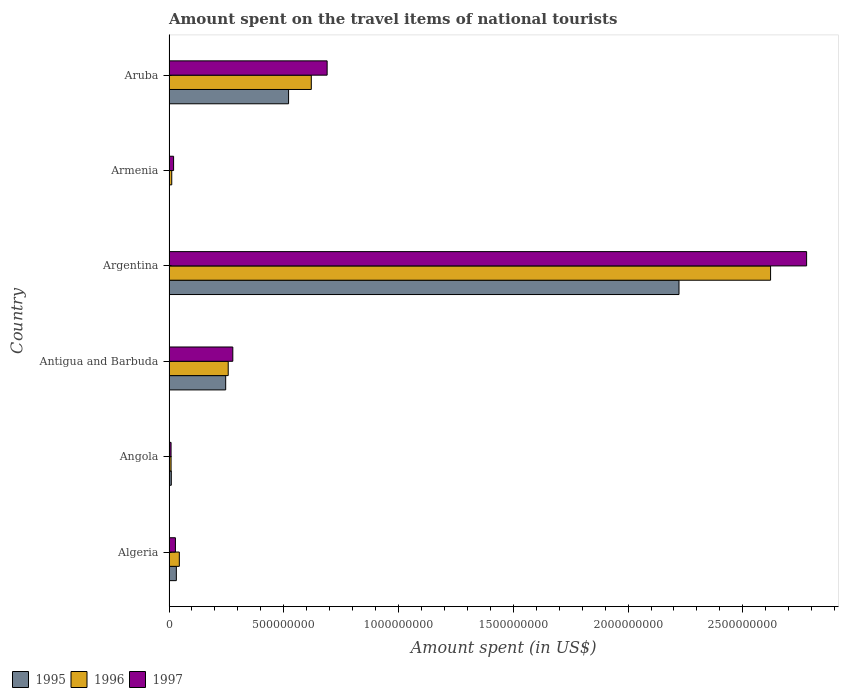
| Country | 1995 | 1996 | 1997 |
 | --- | --- | --- | --- |
 | Algeria | 3.2e+07 | 4.5e+07 | 2.8e+07 |
 | Angola | 1e+07 | 9e+06 | 9e+06 |
 | Antigua and Barbuda | 2.47e+08 | 2.58e+08 | 2.78e+08 |
 | Argentina | 2.22e+09 | 2.62e+09 | 2.78e+09 |
 | Armenia | 1e+06 | 1.2e+07 | 2e+07 |
 | Aruba | 5.21e+08 | 6.2e+08 | 6.89e+08 |